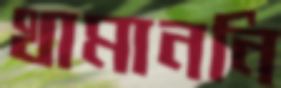
থামাননি